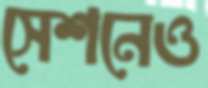
সেশনেও